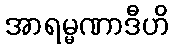
အာရမ္မဏာဒီဟိ